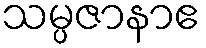
သမ္ပဇာနာဧ